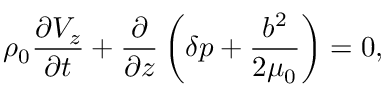
\rho _ { 0 } \frac { \partial V _ { z } } { \partial t } + \frac { \partial } { \partial z } \left( \delta p + \frac { b ^ { 2 } } { 2 \mu _ { 0 } } \right) = 0 ,